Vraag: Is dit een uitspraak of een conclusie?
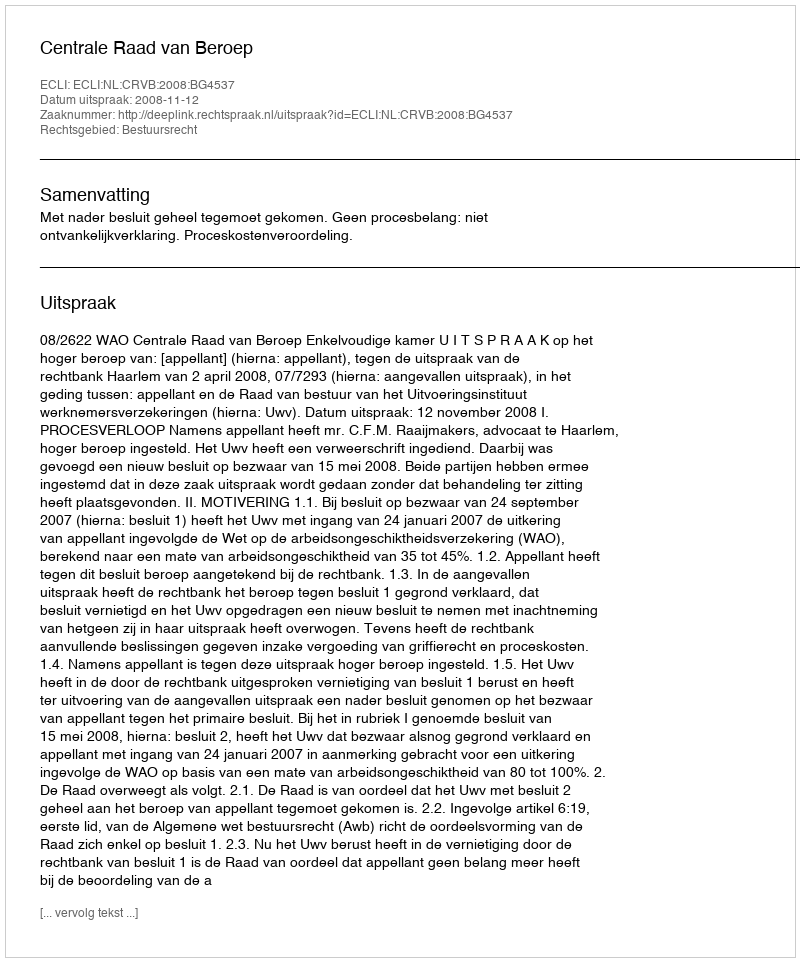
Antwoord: Uitspraak